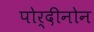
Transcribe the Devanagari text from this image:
पोर्दीनोन